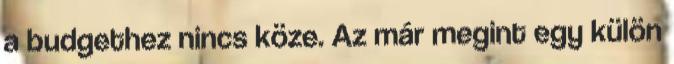
a budgethez nincs köze. Az már megint egy külön